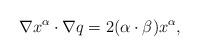
LaTeX: \begin{align*} \nabla x^\alpha \cdot \nabla q = 2(\alpha \cdot \beta) x^\alpha,\end{align*}